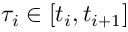
\tau _ { i } \in [ t _ { i } , t _ { i + 1 } ]